Report of the Indian Hemp Drugs Commission, 1894-1895 - Volume V
Year: 1894
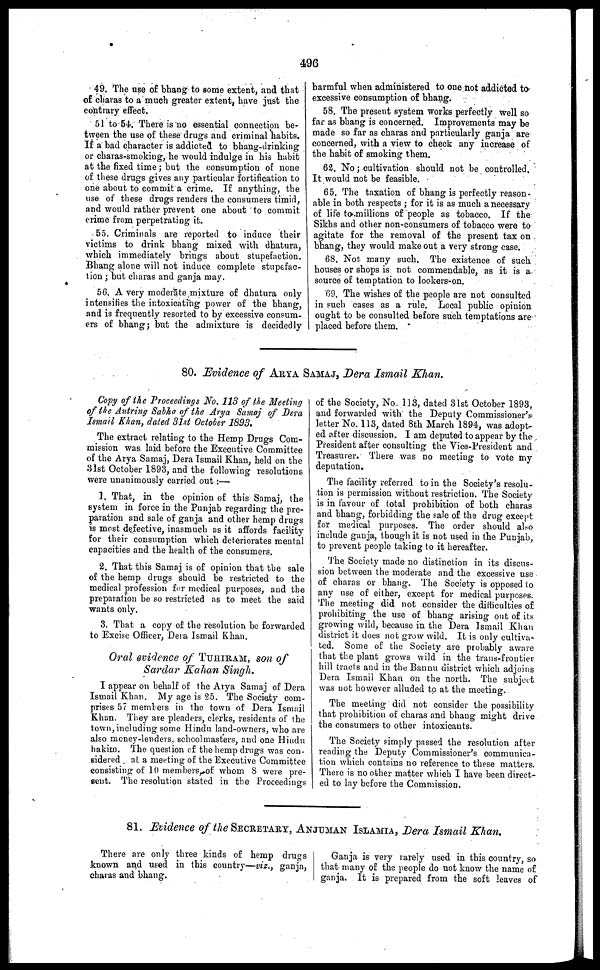
496
49. The use of bhang to some extent, and that
of charas to a much greater extent, have just the
contrary effect.
51 to 54. There is no essential connection be-
tween the use of these drugs and criminal habits.
If a bad character is addicted to bhang-drinking
or charas-smoking, he would indulge in his habit
at the fixed time; but the consumption of none
of these drugs gives any particular fortification to
one about to commit a crime. If anything, the
use of these drugs renders the consumers timid,
and would rather prevent one about to commit
crime from perpetrating it.
55. Criminals are reported to induce their
victims to drink bhang mixed with dhatura,
which immediately brings about stupefaction.
Bhang alone will not induce complete stupefac-
tion ; but charas and ganja may.
56. A very moderate mixture of dhatura only
intensifies the intoxicating power of the bhang,
and is frequently resorted to by excessive consum-
ers of bhang; but the admixture is decidedly
harmful when administered to one not addicted to
excessive consumption of bhang.
58. The present system works perfectly well so
far as bhang is concerned. Improvements may be
made so far as charas and particularly ganja are
concerned, with a view to check any increase of
the habit of smoking them.
62. No; cultivation should not be controlled.
It would not be feasible.
65. The taxation of bhang is perfectly reason
able in both respects; for it is as much a necessary
of life to millions of people as tobacco. If the
Sikhs and other non-consumers of tobacco were to
agitate for the removal of the present tax on
bhang, they would make out a very strong case.
68. Not many such. The existence of such
houses or shops is not commendable, as it is a
source of temptation to lookers-on.
69. The wishes of the people are not consulted
in such cases as a rule. Local public opinion
ought to be consulted before such temptations are
placed before them.
80. Evidence of ARYA SAMAJ , Dera Ismail Khan.
Copy of the Proceedings No. 113 of the Meeting
of the Antring Sabha of the Arya Samaj of Dera
Ismail Khan, dated 31st October 1893.
The extract relating to the Hemp Drugs Com-
mission was laid before the Executive Committee
of the Arya Samaj, Dera Ismail Khan, held on the
31st October 1893, and the following resolutions
were unanimously carried out:—
1. That, in the opinion of this Samaj, the
system in force in the Punjab regarding the pre-
paration and sale of ganja and other hemp drugs
is most defective, inasmuch as it affords facility
for their consumption which deteriorates mental
capacities and the health of the consumers.
2. That this Samaj is of opinion that the sale
of the hemp drugs should be restricted to the
medical profession for medical purposes, and the
preparation be so restricted as to meet the said
wants only.
3. That a copy of the resolution be forwarded
to Excise Officer, Dera Ismail Khan.
Oral evidence of TUHIRAM , son of
Sardar Kahan Singh.
I appear on behalf of the Arya Samaj of Dera
Ismail Khan. My age is 25. The Society com-
prises 5? memners in the town of Dera Ismail
Khan. They are pleaders, clerks, residents of the
town, including some Hindu land-owners, who are
also money-lenders, schoolmasters, and one Hindu
hakim. The question of the hemp drugs was con-
sidered at a meeting of the Executive Committee
consisting of 10 members, of whom 8 were pre-
sent. The resolution stated in the Proceedings
of the Society, No. 113, dated 31st October 1893,
and forwarded with the Deputy Commissioner's
letter No. 113, dated 8th March 1894, was adopt-
ed after discussion. I am deputed to appear by the
President after consulting the Vice-President and
Treasurer. There was no meeting to vote my
deputation.
The facility referred to in the Society's resolu-
tion is permission without restriction. The Society
is in favour of total prohibition of both charas
and bhang, forbidding the sale of the drug except
for medical purposes. The order should also
include ganja, though it is not used in the Punjab,
to prevent people taking to it hereafter.
The Society made no distinction in its discus-
sion between the moderate and the excessive use
of charas or bhang. The Society is opposed to
any use of either, except for medical purposes.
The meeting did not consider the difficulties of
prohibiting the use of bhang arising out of its
growing wild, because in the Dera Ismail Khan
district it does not grow wild. It is only cultiva-
ted. Some of the Society are probably aware
that the plant grows wild in the trans-frontier
hill tracts and in the Bannu district which adjoins
Dera Ismail Khan on the north. The subject
was not however alluded to at the meeting.
The meeting did not consider the possibility
that prohibition of charas and bhang might drive
the consumers to other intoxicants.
The Society simply passed the resolution after
reading the Deputy Commissioner's communica-
tion which contains no reference to these matters.
There is no other matter which I have been direct-
ed to lay before the Commission.
81. Evidence of the SECRETARY, ANJUMAN ISLAMIA, Dera Ismail Khan.
There are only three kinds of hemp drugs
known and used in this country—viz., ganja,
charas and bhang.
Ganja is very rarely used in this country, so
that many of the people do not know the name of
ganja. It is prepared from the soft leaves of